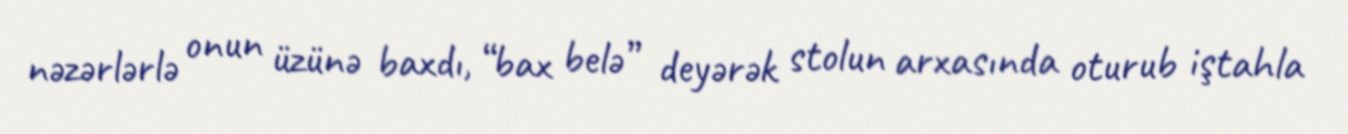
nəzərlərlə onun üzünə baxdı, “bax belə” deyərək stolun arxasında oturub iştahla